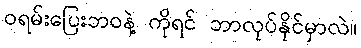
ဝရမ်းပြေးဘဝနဲ့ ကိုရင် ဘာလုပ်နိုင်မှာလဲ။